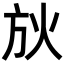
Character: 𣃛